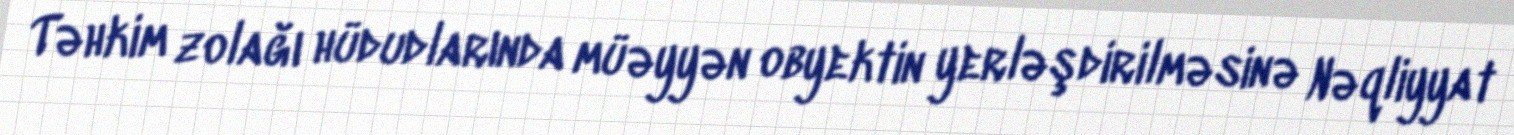
Təhkim zolağı hüdudlarında müəyyən obyektin yerləşdirilməsinə Nəqliyyat